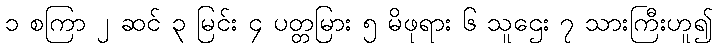
၁ စကြာ ၂ ဆင် ၃ မြင်း ၄ ပတ္တမြား ၅ မိဖုရား ၆ သူဌေး ၇ သားကြီးဟူ၍